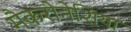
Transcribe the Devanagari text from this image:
मैकरोनेशिया